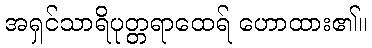
အရှင်သာရိပုတ္တရာထေရ် ဟောထား၏။